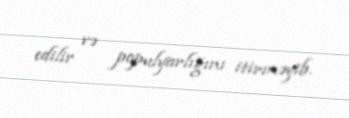
edilir və populyarlığını itirməyib.